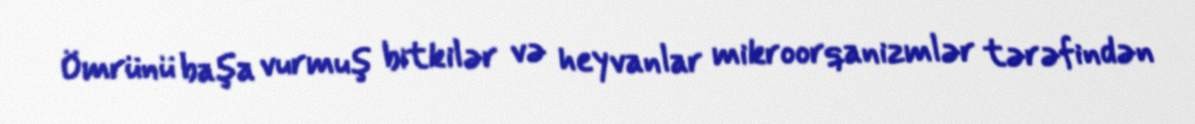
Ömrünü başa vurmuş bitkilər və heyvanlar mikroorqanizmlər tərəfindən